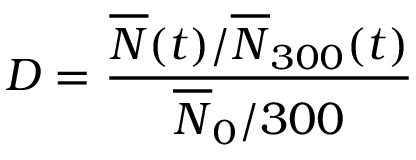
D = \frac { \overline { { N } } ( t ) / \overline { { N } } _ { 3 0 0 } ( t ) } { \overline { { N } } _ { 0 } / 3 0 0 }